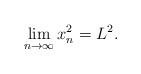
LaTeX: \begin{align*}\lim_{n\to \infty} x_n^2=L^2.\end{align*}